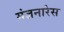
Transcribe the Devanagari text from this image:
मंज़नारेस